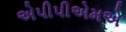
એપીપીએમએ